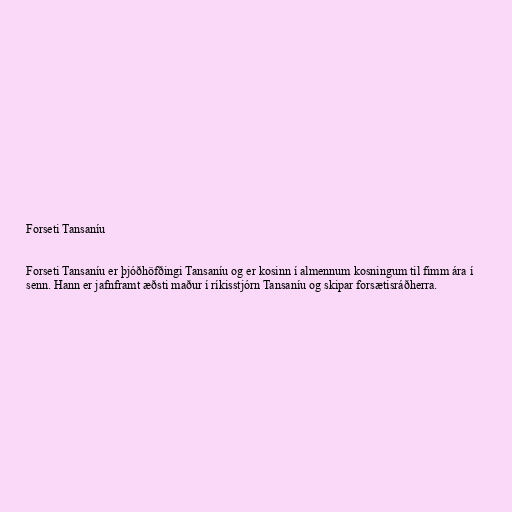
Forseti Tansaníu

Forseti Tansaníu er þjóðhöfðingi Tansaníu og er kosinn í almennum kosningum til fimm ára í
senn. Hann er jafnframt æðsti maður í ríkisstjórn Tansaníu og skipar forsætisráðherra.